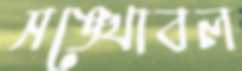
সঙ্খোবল